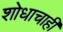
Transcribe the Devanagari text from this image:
शोधाचाही